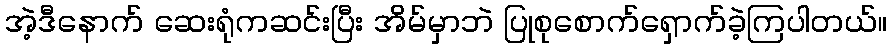
အဲ့ဒီနောက် ဆေးရုံကဆင်းပြီး အိမ်မှာဘဲ ပြုစုစောက်ရှောက်ခဲ့ကြပါတယ်။